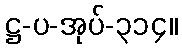
ဋ္ဌ-ပ-အုပ်-၃၁၄။